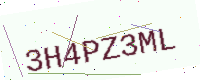
Text: 3H4PZ3ML